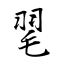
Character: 毣